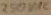
Text: 250VAC